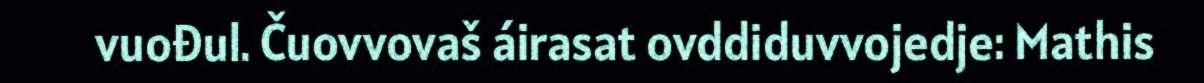
vuođul. Čuovvovaš áirasat ovddiduvvojedje: Mathis